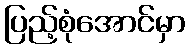
ပြည့်စုံအောင်မှာ